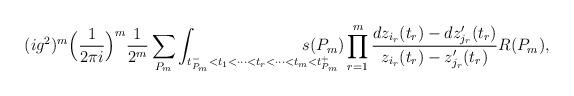
LaTeX: \begin{align*}(ig^2)^m\Big({1\over 2\pi i}\Big)^m {1\over 2^m}\sum_{P_m}\int_{t_{P_m}^-<t_1<\dots <t_r< \dots<t_m< t_{P_m}^+} {\hskip-1cm} s(P_m)\prod_{r=1}^m {d z_{i_r}(t_r) - d z_{j_r}'(t_r)\over z_{i_r}(t_r) -z_{j_r}'(t_r)} R(P_m),\end{align*}